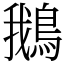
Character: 鵝